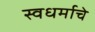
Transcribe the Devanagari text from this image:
स्वधर्माचे